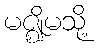
မဇ္ဈိမသို့